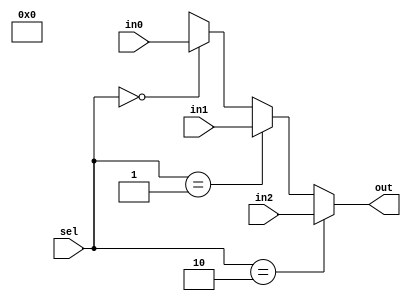
module MUX4to1
    #(parameter Width = 32)
(
    input  [Width-1:0] in0, in1, in2,
    input  [      1:0] sel,
    output [Width-1:0] out
);
    assign out = (sel == 2'b10) ? in2 :(sel == 2'b01) ? in1 : (sel == 2'b00) ? in0 : 1'bx;
endmodule